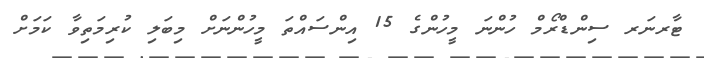
ޓާރނަރ ސިންޑްރޯމް ހުންނަ މީހުންގެ 15 އިންސައްތަ މީހުންނަށް މިބަލި ކުރިމަތިވާ ކަމަށް